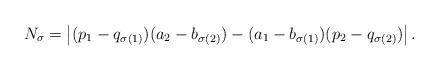
LaTeX: \begin{align*}N_\sigma = \left|(p_1-q_{\sigma(1)}) (a_2-b_{\sigma(2)}) -(a_1-b_{\sigma(1)})(p_2-q_{\sigma(2)})\right|.\end{align*}